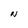
Character: N